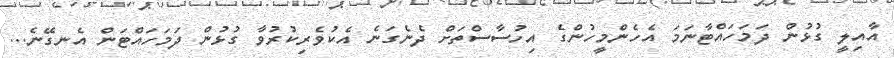
އާއިލީ ގުޅުން ދަމަހައްޓާނަމަ އެހެންމީހުންގެ އިހުސާސްތަށް ދެނެގަނެ އެކުވެރިކުރުވާ ގުޅުން ދަމަހައްޓަން އެނގޭނެ...